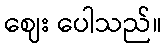
ဈေး ပေါသည်။